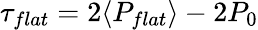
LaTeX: \tau_{flat}=2\langle P_{flat}\rangle-2P_{0}